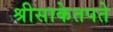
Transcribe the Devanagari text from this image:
श्रीसाकेतपते